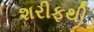
શરીફથી